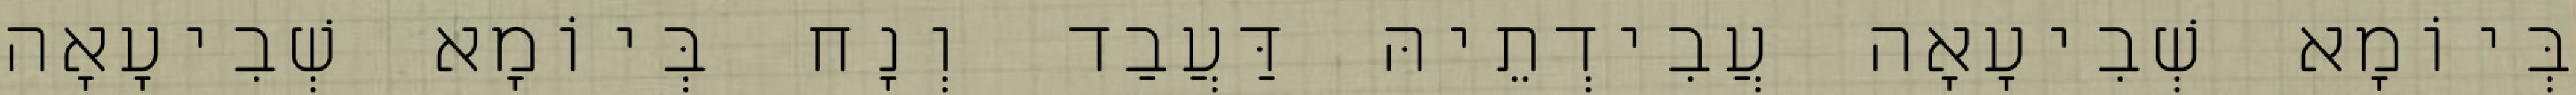
בְּיוֹמָא שְׁבִיעָאָה עֲבִידְתֵיהּ דַּעֲבַד וְנָח בְּיוֹמָא שְׁבִיעָאָה